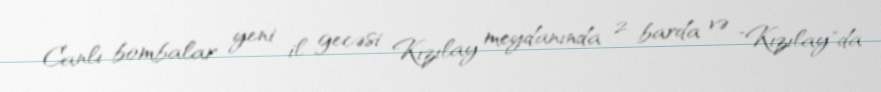
Canlı bombalar yeni il gecəsi Kızılay meydanında 2 barda və "Kızılay"da